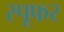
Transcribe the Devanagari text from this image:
स्पूफर